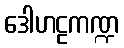
ဒေါဟဠကဏ္ဍ